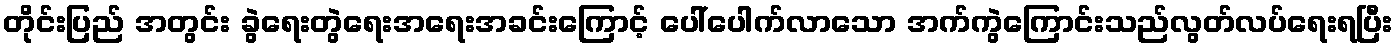
တိုင်းပြည် အတွင်း ခွဲရေးတွဲရေးအရေးအခင်းကြောင့် ပေါ်ပေါက်လာသော အက်ကွဲကြောင်းသည်လွတ်လပ်ရေးရပြီး